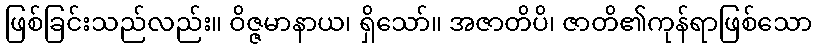
ဖြစ်ခြင်းသည်လည်း။ ဝိဇ္ဇမာနာယ၊ ရှိသော်။ အဇာတိပိ၊ ဇာတိ၏ကုန်ရာဖြစ်သော